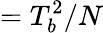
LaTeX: =T_{b}^{2}/N